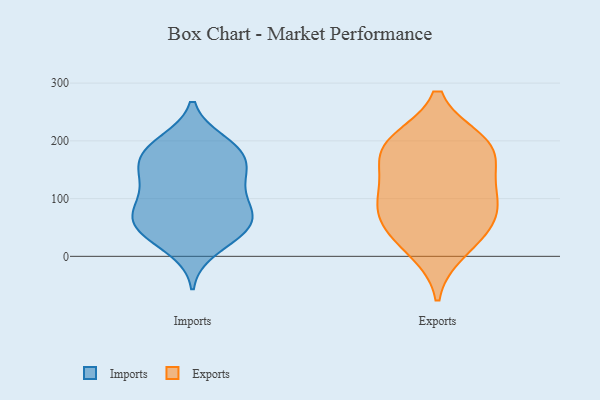
{"axis": {"x": "Gross Profit (USD K)", "y": "Value"}, "legend": ["Exports", "Imports"], "data": [{"x": "", "y": 46, "type": "Imports"}, {"x": "", "y": 136, "type": "Imports"}, {"x": "", "y": 85, "type": "Imports"}, {"x": "", "y": 127, "type": "Imports"}, {"x": "", "y": 197, "type": "Imports"}, {"x": "", "y": 184, "type": "Imports"}, {"x": "", "y": 167, "type": "Imports"}, {"x": "", "y": 198, "type": "Imports"}, {"x": "", "y": 82, "type": "Imports"}, {"x": "", "y": 52, "type": "Imports"}, {"x": "", "y": 144, "type": "Imports"}, {"x": "", "y": 12, "type": "Imports"}, {"x": "", "y": 38, "type": "Imports"}, {"x": "", "y": 165, "type": "Imports"}, {"x": "", "y": 80, "type": "Imports"}, {"x": "", "y": 76, "type": "Imports"}, {"x": "", "y": 38, "type": "Imports"}, {"x": "", "y": 123, "type": "Imports"}, {"x": "", "y": 63, "type": "Imports"}, {"x": "", "y": 178, "type": "Imports"}, {"x": "", "y": 100, "type": "Exports"}, {"x": "", "y": 194, "type": "Exports"}, {"x": "", "y": 136, "type": "Exports"}, {"x": "", "y": 185, "type": "Exports"}, {"x": "", "y": 180, "type": "Exports"}, {"x": "", "y": 44, "type": "Exports"}, {"x": "", "y": 81, "type": "Exports"}, {"x": "", "y": 50, "type": "Exports"}, {"x": "", "y": 11, "type": "Exports"}, {"x": "", "y": 198, "type": "Exports"}, {"x": "", "y": 101, "type": "Exports"}]}